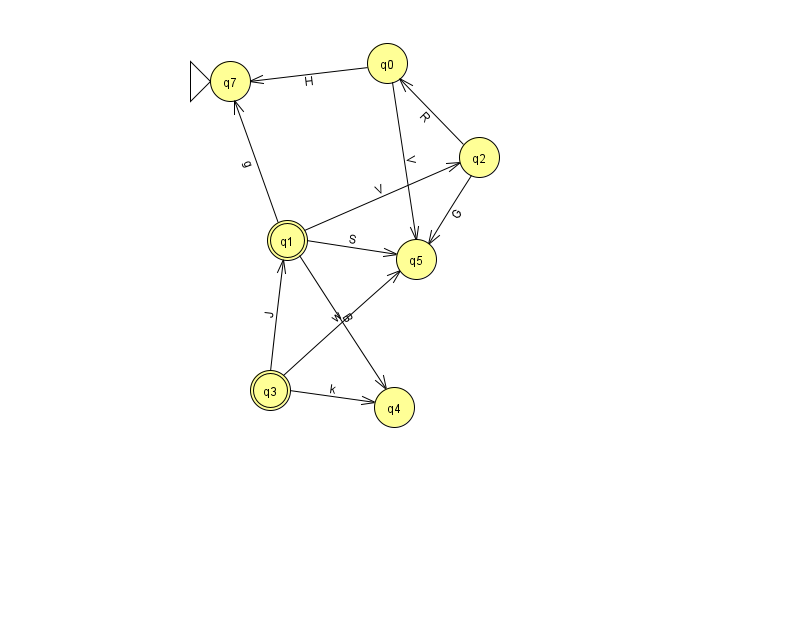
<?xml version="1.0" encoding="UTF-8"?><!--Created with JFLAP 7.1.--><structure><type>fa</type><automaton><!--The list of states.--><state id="0" name="q0"><x>387.0</x><y>50.0</y></state><state id="1" name="q1"><x>287.0</x><y>227.0</y><final/></state><state id="2" name="q2"><x>479.0</x><y>144.0</y></state><state id="3" name="q3"><x>270.0</x><y>377.0</y><final/></state><state id="4" name="q4"><x>394.0</x><y>394.0</y></state><state id="5" name="q5"><x>416.0</x><y>246.0</y></state><state id="7" name="q7"><x>230.0</x><y>68.0</y><initial/></state><!--The list of transitions.--><transition><from>1</from><to>2</to><read>V</read></transition><transition><from>3</from><to>4</to><read>k</read></transition><transition><from>3</from><to>5</to><read>w</read></transition><transition><from>2</from><to>5</to><read>G</read></transition><transition><from>1</from><to>5</to><read>S</read></transition><transition><from>0</from><to>7</to><read>H</read></transition><transition><from>3</from><to>1</to><read>J</read></transition><transition><from>2</from><to>0</to><read>R</read></transition><transition><from>1</from><to>7</to><read>g</read></transition><transition><from>1</from><to>4</to><read>B</read></transition><transition><from>0</from><to>5</to><read>V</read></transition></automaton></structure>